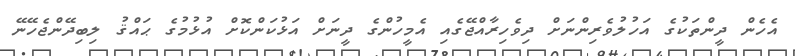
އެހެން ދީންތަކުގެ އަހުލުވެރިންނަށް ދިވެހިރާއްޖޭގެއި އެމީހުންގެ ދީނަށް އަޅުކަންކޮށް އުޅުމުގެ ޙައްޤު ލިބިދޭންޖެހޭނޭ